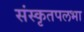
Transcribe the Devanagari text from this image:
संस्कृतपलभा